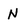
Character: N